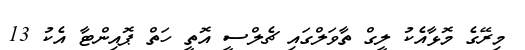
މިރޭގެ މޮޅާއެކު ލީގް ތާވަލްގައި ޗެލްސީ އޮތީ ހަތް ޕޮއިންޓާ އެކު 13